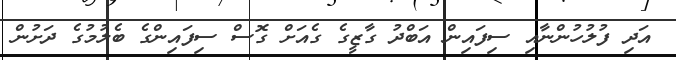
އަދި ފުލުހުންނާއި ސިފައިން އަބްދު ގާޒީގެ ގެއަށް ގޮސް ސިފައިންގެ ބެލުމުގެ ދަށުން